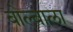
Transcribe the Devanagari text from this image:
बोल्बाला